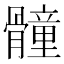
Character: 𩪘